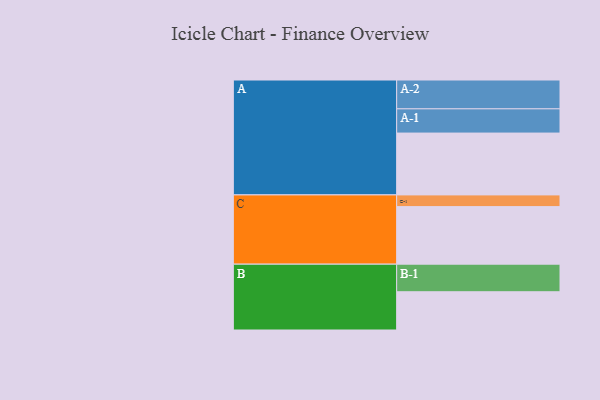
{"axis": {"x": "Segment", "y": "Value"}, "legend": ["", "A", "B", "C"], "data": [{"x": "A", "y": 592, "type": ""}, {"x": "B", "y": 366, "type": ""}, {"x": "C", "y": 551, "type": ""}, {"x": "A-1", "y": 232, "type": "A"}, {"x": "A-2", "y": 276, "type": "A"}, {"x": "B-1", "y": 264, "type": "B"}, {"x": "C-1", "y": 112, "type": "C"}]}